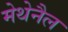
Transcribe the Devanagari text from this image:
मेथेनैल